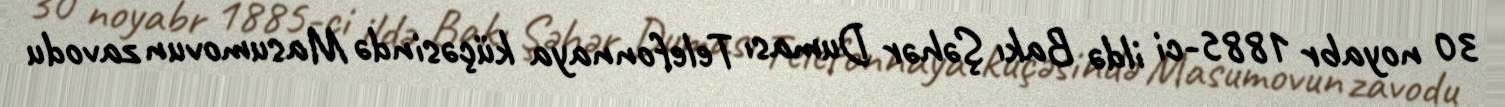
30 noyabr 1885-ci ildə Bakı Şəhər Duması Telefonnaya küçəsində Masumovun zavodu